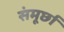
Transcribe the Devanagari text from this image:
संमूर्छा